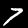
Label: 7